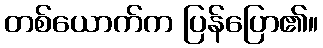
တစ်ယောက်က ပြန်ပြော၏။